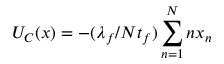
U _ { C } ( { \boldsymbol { x } } ) = - ( \lambda _ { f } / N t _ { f } ) \sum _ { n = 1 } ^ { N } n x _ { n }